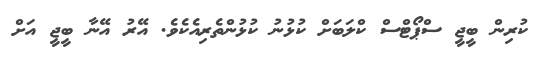
ކުރިން ބީޖީ ސްޕޯޓްސް ކްލަބަށް ކުޅުނު ކުޅުންތެރިއެކެވެ. އޭރު އޭނާ ބީޖީ އަށް